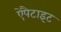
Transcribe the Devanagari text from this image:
ऐपैटाइट